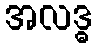
အလဒ္ဓ